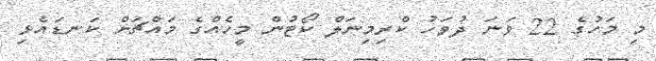
މި މަހުގެ 22 ވަނަ ދުވަހު ކްރިމިނަލް ކޯޓުން މީހެއްގެ މައްޗަށް ކަނޑައެޅި